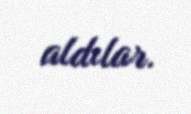
aldılar.